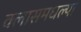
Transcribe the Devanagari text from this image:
क्लासमधल्या